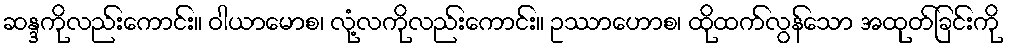
ဆန္ဒကိုလည်းကောင်း။ ဝါယာမောစ၊ လုံ့လကိုလည်းကောင်း။ ဥဿာဟောစ၊ ထိုထက်လွန်သော အထုတ်ခြင်းကို